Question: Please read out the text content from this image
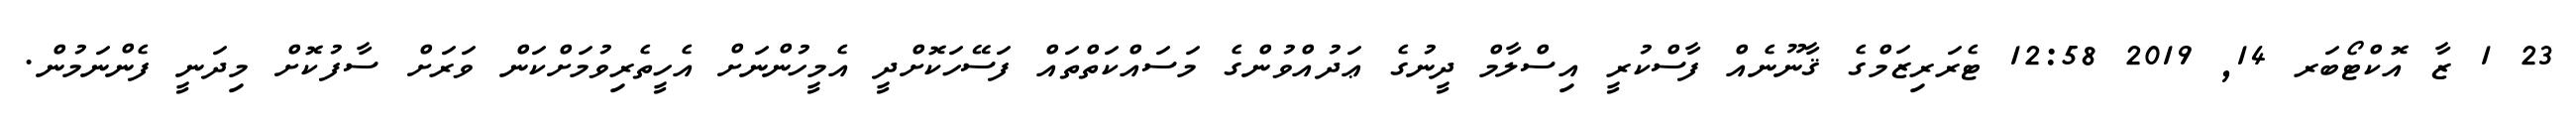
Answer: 23 1 ޒާ އޮކްޓޯބަރ 14, 2019 12:58 ޓެރަރިޒަމްގެ ޤާނޫނެއް ފާސްކުރީ އިސްލާމް ދީނުގެ ޢަދުއްވުންގެ މަސައްކަތްތައް ފަސޭހަކޮށްދީ އެމީހުންނަށް އެހީތެރިވުމަށްކަން ވަރަށް ސާފުކޮށް މިދަނީ ފެންނަމުން.